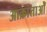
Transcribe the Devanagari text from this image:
आक्रांताओँ